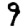
Digit: 9